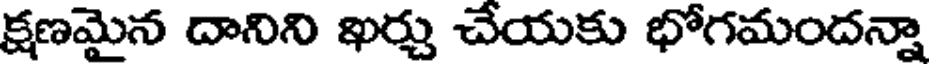
క్షణమైన దానిని ఖర్చు చేయకు భోగమందన్నా